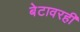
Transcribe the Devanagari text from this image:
बेटावरही